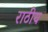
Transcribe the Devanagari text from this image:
राठीय